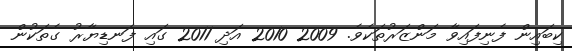
ކިބައިން ފެނިފައިވާ މަންޒަރުތަކެވެ. 2009 2010 އަދި 2011 ގައި ފަނޑިޔާރު ގެތަކުން